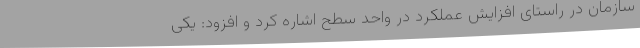
سازمان در راستای افزایش عملکرد در واحد سطح اشاره کرد و افزود: یکی